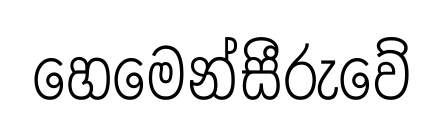
හෙමෙන්සීරුවේ